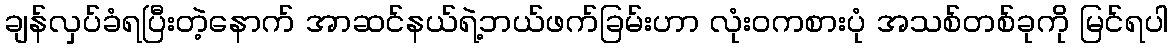
ချန်လှပ်ခံရပြီးတဲ့နောက် အာဆင်နယ်ရဲ့ဘယ်ဖက်ခြမ်းဟာ လုံးဝကစားပုံ အသစ်တစ်ခုကို မြင်ရပါ